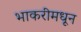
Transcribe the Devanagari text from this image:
भाकरीमधून